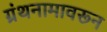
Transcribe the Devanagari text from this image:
ग्रंथनामावरून